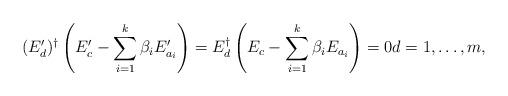
LaTeX: \begin{align*}(E'_d)^\dagger \left(E'_c - \sum_{i=1}^k \beta_i E'_{a_i} \right) = E_d^\dagger \left(E_c - \sum_{i=1}^k \beta_i E_{a_i}\right) = 0d=1,\ldots, m,\end{align*}